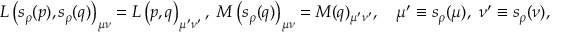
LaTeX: L \left( s _ { \rho } ( p ) , s _ { \rho } ( q ) \right) _ { \mu \nu } = L \left( p , q \right) _ { \mu ^ { \prime } \nu ^ { \prime } } , \ M \left( s _ { \rho } ( q ) \right) _ { \mu \nu } = M ( q ) _ { \mu ^ { \prime } \nu ^ { \prime } } , \quad \mu ^ { \prime } \equiv s _ { \rho } ( \mu ) , \ \nu ^ { \prime } \equiv s _ { \rho } ( \nu ) ,